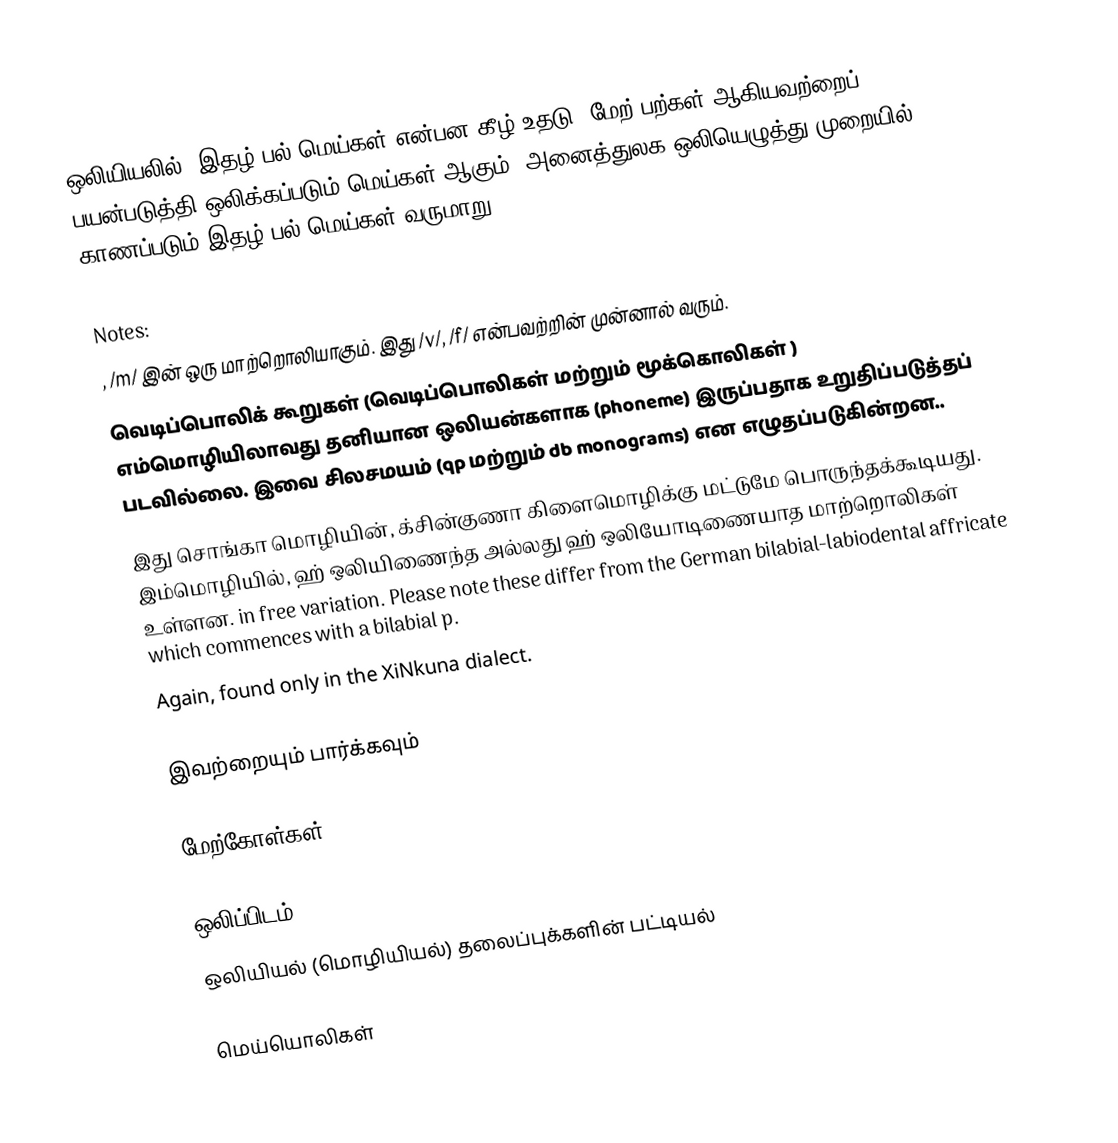
ஒலியியலில், இதழ்-பல் மெய்கள் என்பன கீழ் உதடு, மேற் பற்கள் ஆகியவற்றைப் பயன்படுத்தி ஒலிக்கப்படும் மெய்கள் ஆகும். அனைத்துலக ஒலியெழுத்து முறையில் காணப்படும் இதழ்-பல் மெய்கள் வருமாறு:

Notes:
 , /m/ இன் ஒரு மாற்றொலியாகும். இது /v/, /f/ என்பவற்றின் முன்னால் வரும்.
 வெடிப்பொலிக் கூறுகள் (வெடிப்பொலிகள் மற்றும் மூக்கொலிகள் ) எம்மொழியிலாவது தனியான ஒலியன்களாக (phoneme) இருப்பதாக உறுதிப்படுத்தப் படவில்லை. இவை சிலசமயம்  (qp மற்றும் db monograms) என எழுதப்படுகின்றன..
 இது சொங்கா மொழியின், க்சின்குணா கிளைமொழிக்கு மட்டுமே பொருந்தக்கூடியது. இம்மொழியில், ஹ் ஒலியிணைந்த அல்லது ஹ் ஒலியோடிணையாத மாற்றொலிகள் உள்ளன. in free variation. Please note these differ from the German bilabial-labiodental affricate which commences with a bilabial p.
 Again, found only in the XiNkuna dialect.

இவற்றையும் பார்க்கவும்

மேற்கோள்கள்

 ஒலிப்பிடம்
 ஒலியியல் (மொழியியல்) தலைப்புக்களின் பட்டியல்

மெய்யொலிகள்